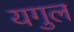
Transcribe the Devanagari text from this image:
यगुल